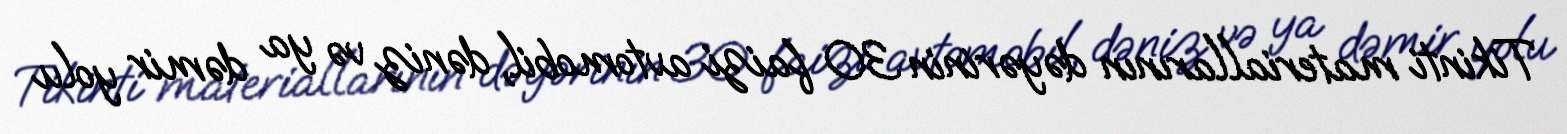
Tikinti materiallarının dəyərinin 30 faizi avtomobil, dəniz və ya dəmir yolu